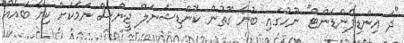
"ދަ އިންޑިޕެންޑެންޓް" ނޫހުގައި ބުނާ ގޮތުން ކޮންޑިޝަނަލް ޖީންސް ނަމަކަށް ކިޔާ ބައެއް